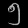
Digit: ၅